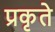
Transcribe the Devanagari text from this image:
प्रकृते